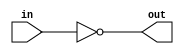
//Logic Inverter

module MyInverter (in,out);
  input wire in;
  output wire out;
  
  assign out = ~ in;
  
endmodule